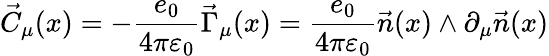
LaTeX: \vec{C}_{\mu}(x)=-\frac{e_{0}}{4\pi\varepsilon_{0}}\vec{\Gamma}_{\mu}(x)=\frac{e_{0}}{4\pi\varepsilon_{0}}\vec{n}(x)\wedge\partial_{\mu}\vec{n}(x)